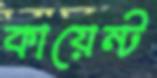
কায়েন্ট